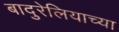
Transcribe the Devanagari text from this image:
बादुरेलियाच्या